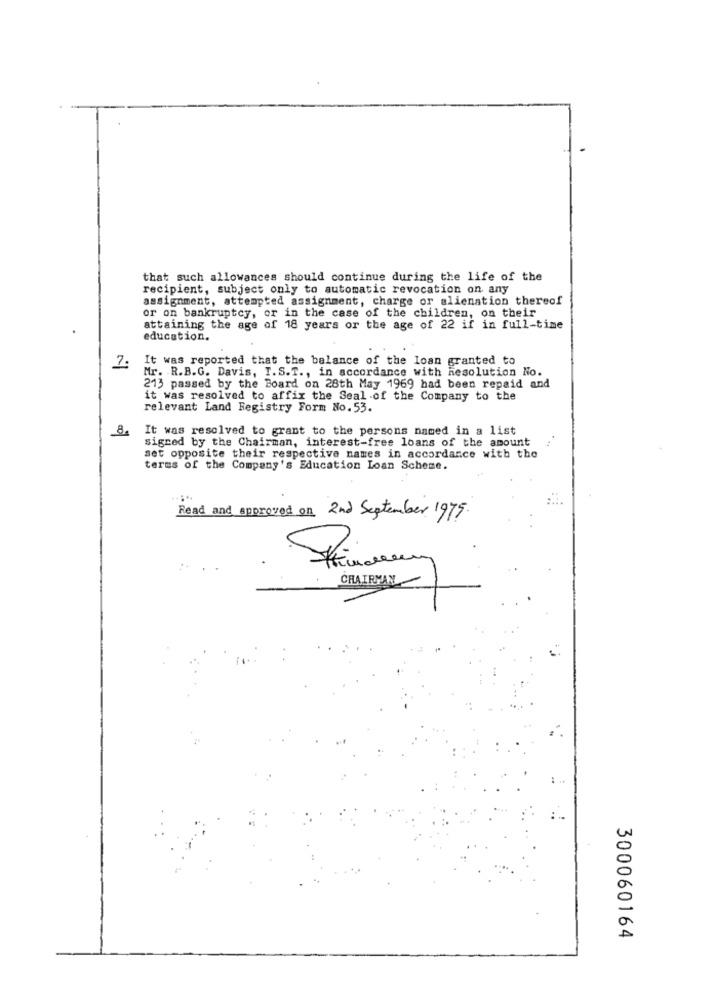
that such allowances should continue during the life of the
recipient, subject only to automatic revocation on any
assignment, attempted assignment, charge or alienation thereof
or on bankruptcy, or in the case of the children, on their
attaining the age of 18 years or the age of 22 if in full-time
education.
It was reported that the balance of the loan granted to
7.
Mr. R.B.G. Davis, I.S.T ., in accordance with Resolution No.
213 passed by the Board on 28th May 1969 had been repaid and
it was resolved to affix the Seal of the Company to the
relevant Land Registry Form No.53.
8
It was resolved to grant to the persons named in a list
signed by the Chairman, interest-free loans of the amount
set opposite their respective names in accordance with the
terms of the Company's Education Loan Scheme.
Read and approved on 2nd September 1975.
CHAIRMAN
300060164